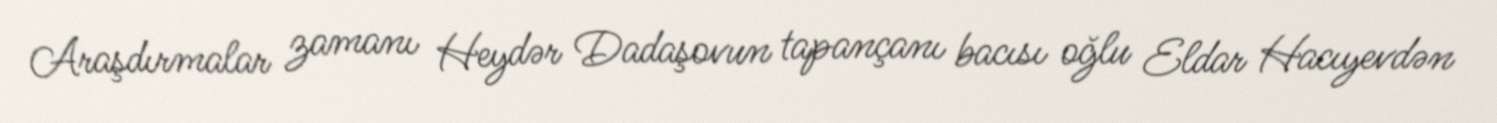
Araşdırmalar zamanı Heydər Dadaşovun tapançanı bacısı oğlu Eldar Hacıyevdən